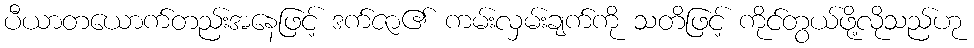
ပီယာတယောက်တည်းအနေဖြင့် ဒက်ဇာ၏ ကမ်းလှမ်းချက်ကို သတိဖြင့် ကိုင်တွယ်ဖို့လိုသည်ဟု